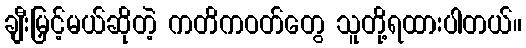
ချီးမြှင့်မယ်ဆိုတဲ့ ကတိကဝတ်တွေ သူတို့ရထားပါတယ်။